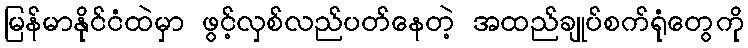
မြန်မာနိုင်ငံထဲမှာ ဖွင့်လှစ်လည်ပတ်နေတဲ့ အထည်ချုပ်စက်ရုံတွေကို